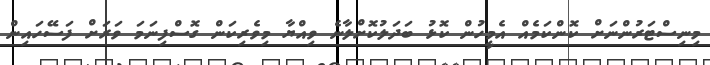
މިނިސްޓަރުންނަށް ކޮންކަމެއް އެމީހުން ކޮޅު ބަދަލުކޮށްލާނެ ވިއްޔާ މިވެރިކަން ގޮސްފިނަމަ ވަރަށް ފަސޭހައިން